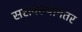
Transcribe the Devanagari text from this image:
सरावल्यानंतर